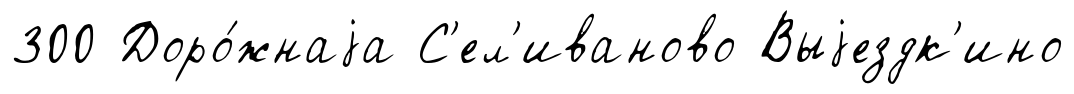
300 Доро́жнаjа С'ел'иваново Выjездк'ино